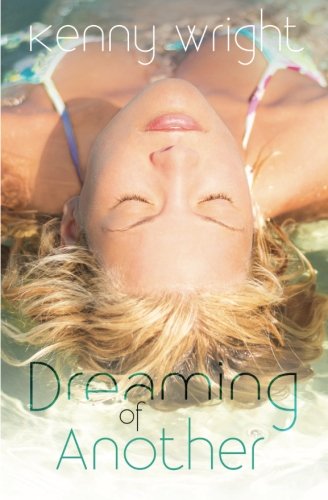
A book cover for Dreaming of Another; Kenny Wright; Romance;